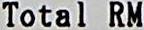
TOTAL RM